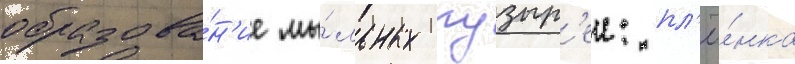
образова́н'ие мы́льных пузыр'еи: пл'ё́нка